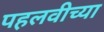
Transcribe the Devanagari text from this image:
पहलवीच्या